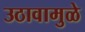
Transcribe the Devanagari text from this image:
उठावामुळे